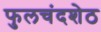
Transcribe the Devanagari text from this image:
फुलचंदशेठ